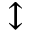
\updownarrow